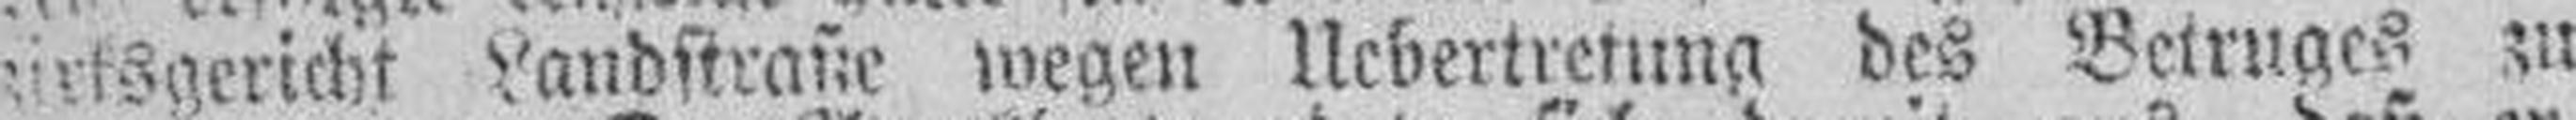
zirksgericht Landstraße wegen Uebertretung des Betruges zu